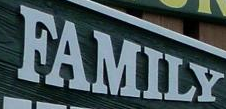
FAMILY